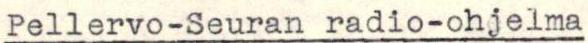
Pellervo-Seuran radio-ohjelma